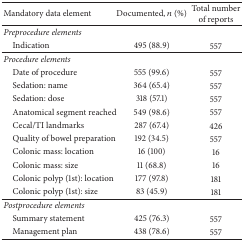
| Mandatory data element | Documented, n (%) | Total number of reports |
 | --- | --- | --- |
 | Preprocedure elements |  |  |
 | Indication | 495 (88.9) | 557 |
 | Procedure elements |  |  |
 | Date of procedure | 555 (99.6) | 557 |
 | Sedation: name | 364 (65.4) | 557 |
 | Sedation: dose | 318 (57.1) | 557 |
 | Anatomical segment reached | 549 (98.6) | 557 |
 | Cecal/TI landmarks | 287 (67.4) | 426 |
 | Quality of bowel preparation | 192 (34.5) | 557 |
 | Colonic mass: location | 16 (100) | 16 |
 | Colonic mass: size | 11 (68.8) | 16 |
 | Colonic polyp (1st): location | 177 (97.8) | 181 |
 | Colonic polyp (1st): size | 83 (45.9) | 181 |
 | Postprocedure elements |  |  |
 | Summary statement | 425 (76.3) | 557 |
 | Management plan | 438 (78.6) | 557 |